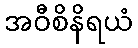
အဝီစိနိရယံ